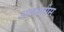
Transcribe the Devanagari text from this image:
अलक्ष्मीस